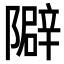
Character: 隦